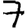
Digit: 7